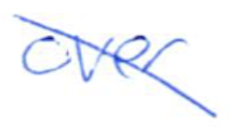
Text: over
Cross-out: diagonal
Writing tool: ballpoint